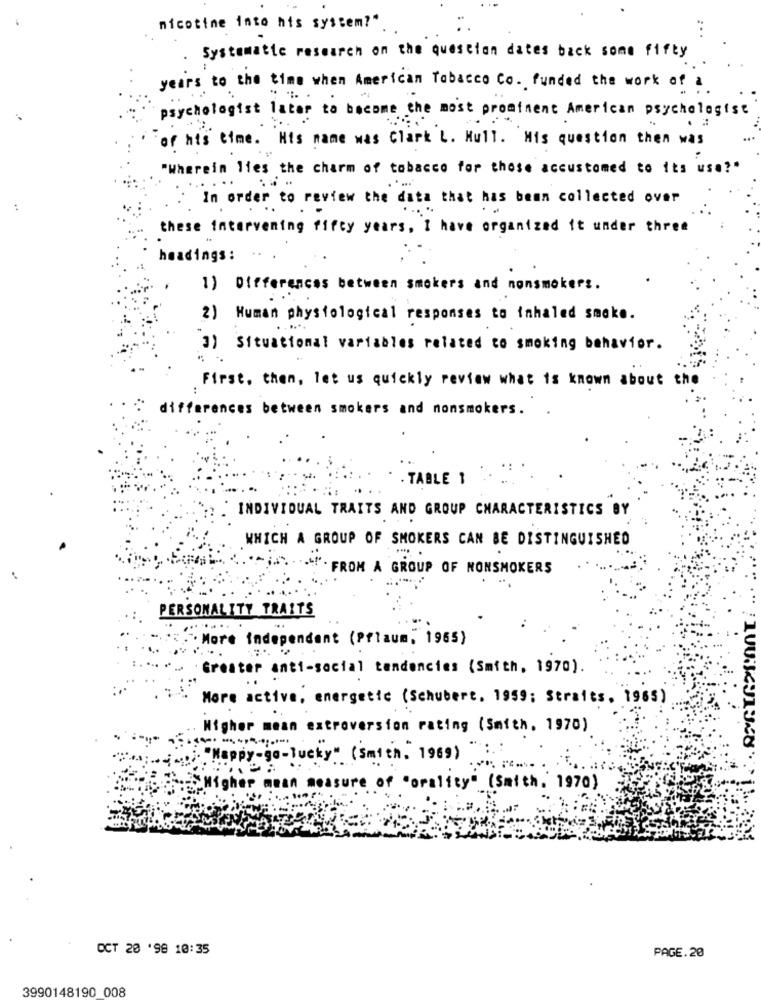
nicotine into his system?".
Systematic research on the question dates back some fifty
years to the time when American Tobacco Co. funded the work of a
psychologist later to become the most prominent American psychologist
of his time. His name was Clark L. Hull. Mis question then was
"Wherein lies the charm of tobacco for those accustomed to its use?"
In order to review the data that has been collected over
these intervening fifty years, I have organized it under three
headings:
...
1) Differences between smokers and nonsmokers.
2) Human physiological responses to inhaled smoke.
3) Situational variables related to smoking behavior.
First, then, let us quickly review what is known about
the
..
di
ferences between smokers and nonsmokers.
TABLE 1
INDIVIDUAL TRAITS AND GROUP CHARACTERISTICS BY
WHICH A GROUP OF SMOKERS CAN BE DISTINGUISHED
. FROM A GROUP OF NONSMOKERS
PERSONALITY TRAITS
. More independent (Pflaum, 1965)
: Greater anti-social tendencies (Smith, 1970).
More active, energetic (Schubert. 1959; Straits, 1965)
Higher mean extroversion rating (Smith, 1970)
"Happy-go-lucky" (Smten"1969) ".
Higher mean measure of "orality" (Smith. 1970)
OCT 20 '98 10:35
PAGE.20
3990148190 008